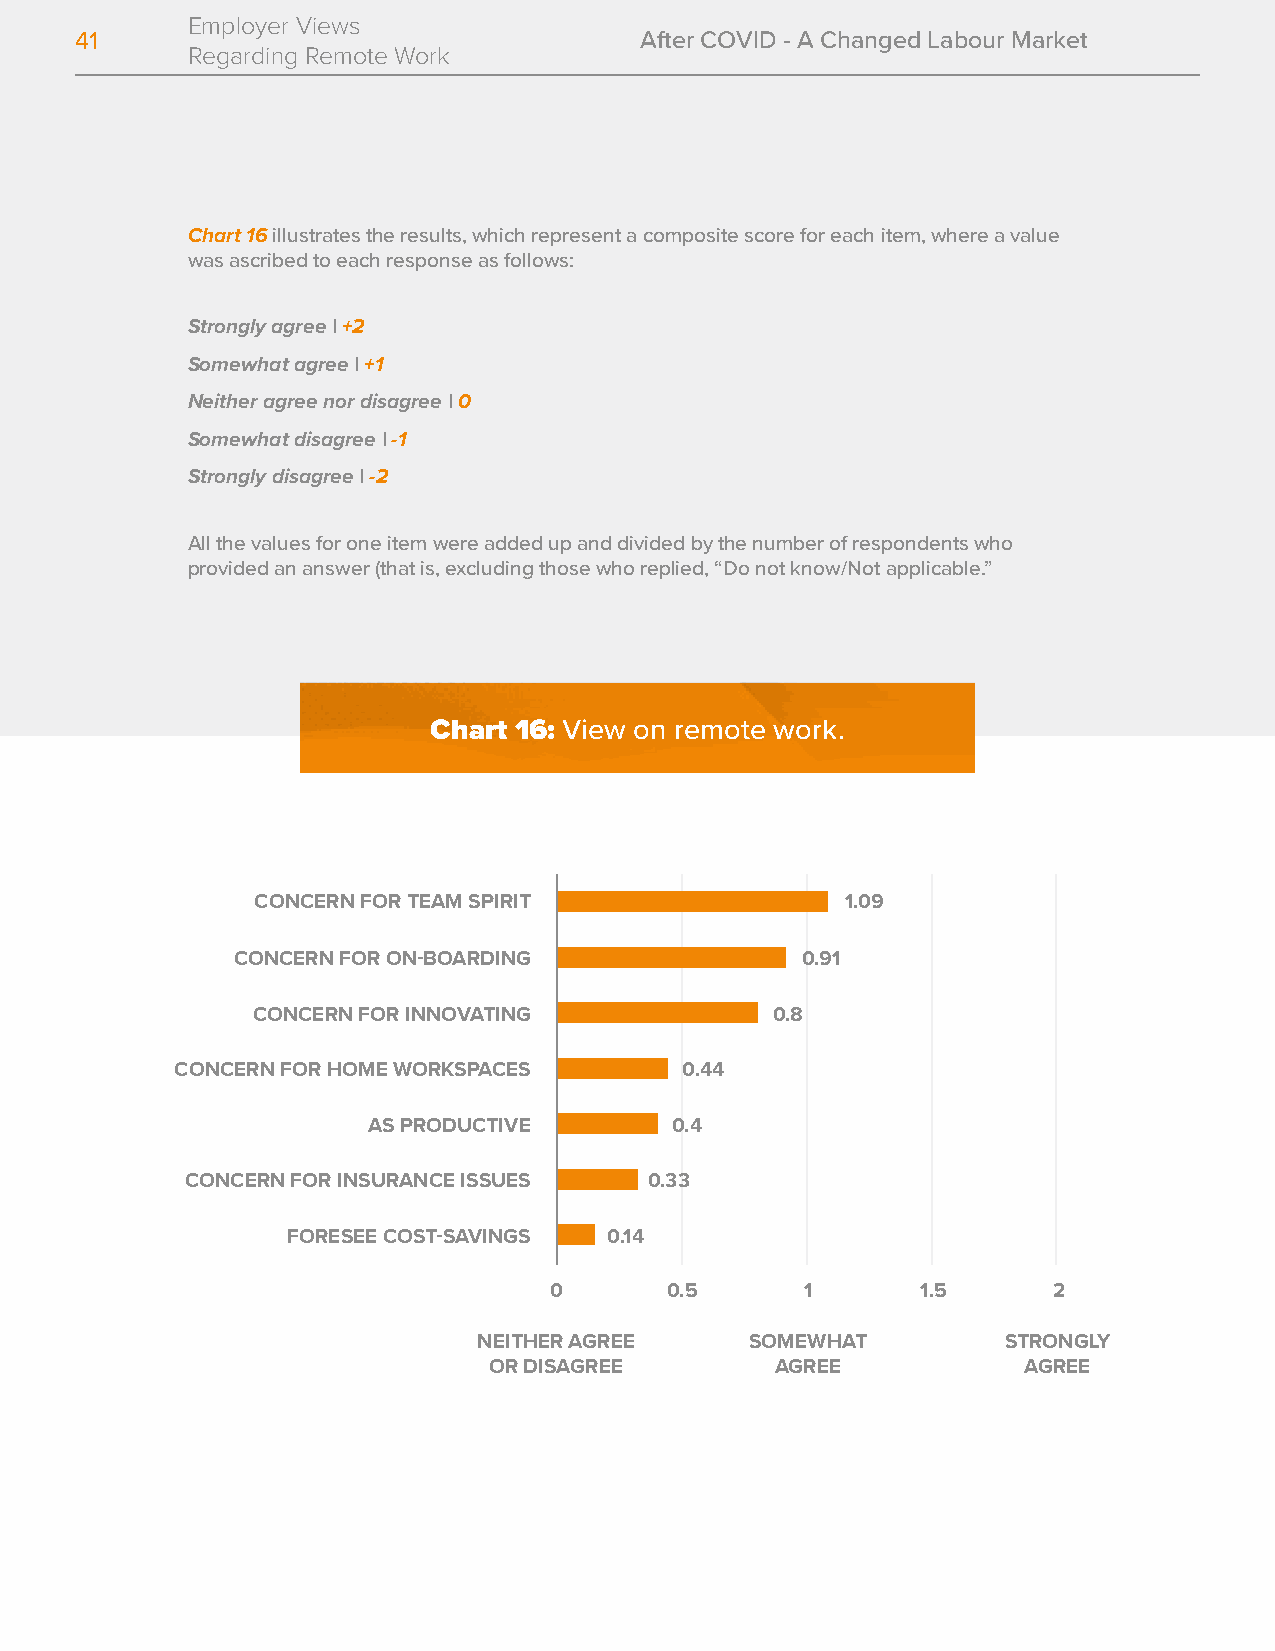
Employer Views
 41                                   After COVID - A Changed Labour Market
 Regarding Remote Work
 Chart 16 illustrates the results, which represent a composite score for each item, where a value
 was ascribed to each response as follows:
 Strongly agree | +2
 Somewhat agree | +1
 Neither agree nor disagree | 0
 Somewhat disagree | -1
 Strongly disagree | -2
 All the values for one item were added up and divided by the number of respondents who
 provided an answer (that is, excluding those who replied, “Do not know/Not applicable.”
 Chart 16: View on remote work.
 CONCERN FOR TEAM SPIRIT                1.09
 CONCERN FOR ON-BOARDING               0.91
 CONCERN FOR INNOVATING            0.8
 CONCERN FOR HOME WORKSPACES      0.44
 AS PRODUCTIVE       0.4
 CONCERN FOR INSURANCE ISSUES   0.33
 FORESEE COST-SAVINGS 0.14
 0       0.5      1       1.5      2
 NEITHER AGREE     SOMEWHAT         STRONGLY
 OR DISAGREE        AGREE            AGREE